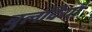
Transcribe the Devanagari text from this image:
बुलंदियाँ